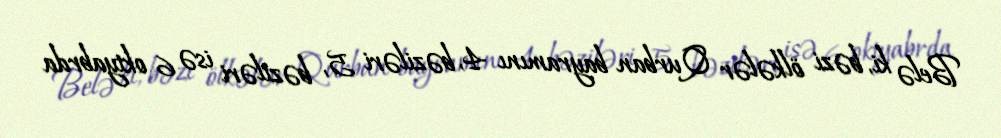
Belə ki, bəzi ölkələr Qurban bayramını 4, bəziləri 5, bəziləri isə 6 oktyabrda